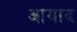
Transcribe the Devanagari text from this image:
आयाद